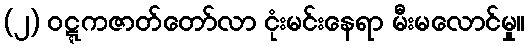
(၂) ဝဋ္ဋကဇာတ်တော်လာ ငုံးမင်းနေရာ မီးမလောင်မှု။